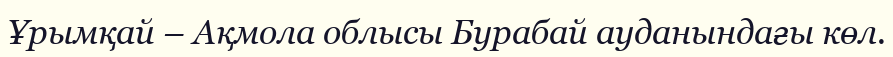
Ұрымқай – Ақмола облысы Бурабай ауданындағы көл.